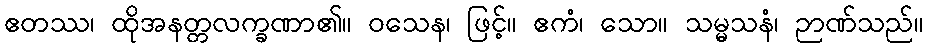
ဧတဿ၊ ထိုအနတ္တလက္ခဏာ၏။ ဝသေန၊ ဖြင့်။ ဧကံ၊ သော။ သမ္မသနံ၊ ဉာဏ်သည်။